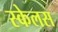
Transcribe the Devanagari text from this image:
स्केलस